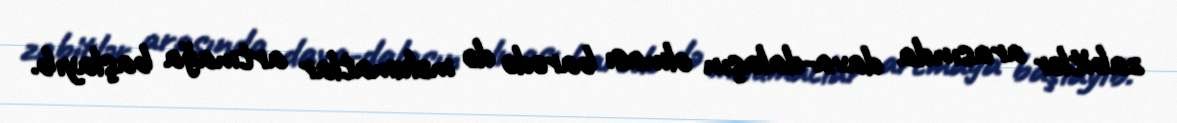
zabitlər arasında dava-dalaşın olması barədə də məlumatlar artmağa başlayıb.